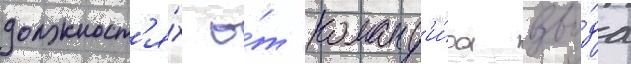
должност'я́х о́т команд'и́ра взво́да